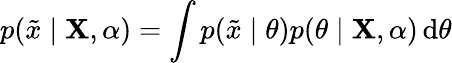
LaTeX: p({\tilde{x}}\mid\mathbf{X},\alpha)=\int p({\tilde{x}}\mid\theta)p(\theta\mid\mathbf{X},\alpha)\operatorname{d}\! \theta